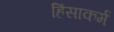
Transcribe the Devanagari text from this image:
हिंसाकर्म